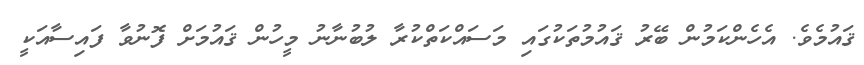
ޤައުމެވެ. އެހެންކަމުން ބޭރު ޤައުމުތަކުގައި މަސައްކަތްކުރާ ލުބުނާނު މީހުން ޤައުމަށް ފޮނުވާ ފައިސާއަކީ